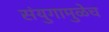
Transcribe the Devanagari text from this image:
संयुगामुळेच